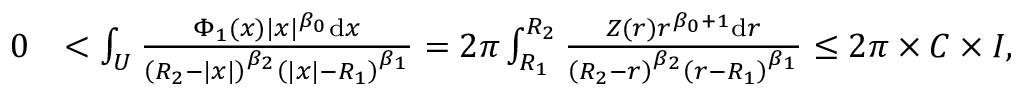
\begin{array} { r l } { 0 } & { < \int _ { U } \frac { \Phi _ { 1 } ( x ) | x | ^ { \beta _ { 0 } } \ensuremath { \mathrm { d } } x } { \left( R _ { 2 } - | x | \right) ^ { \beta _ { 2 } } \left( | x | - R _ { 1 } \right) ^ { \beta _ { 1 } } } = 2 \pi \int _ { R _ { 1 } } ^ { R _ { 2 } } \frac { Z ( r ) r ^ { \beta _ { 0 } + 1 } \ensuremath { \mathrm { d } } r } { \left( R _ { 2 } - r \right) ^ { \beta _ { 2 } } \left( r - R _ { 1 } \right) ^ { \beta _ { 1 } } } \le 2 \pi \times C \times I , } \end{array}